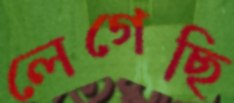
লেগেছি